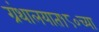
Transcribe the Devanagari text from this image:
ग्रंथालयात१८०च्या